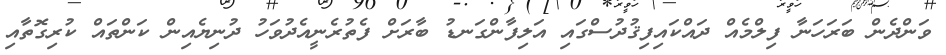
ވަންދެން ބަރަހަނާ ފިލްމެއް ދައްކައިފިޤުދުސްގައި އަލިފާންގަނޑު ބާރަށް ފެތުރެނީއެދުވަހު ދުނިޔެއިން ކަންތައް ކުރިގޮތާއި